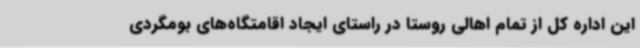
این اداره کل از تمام اهالی روستا در راستای ایجاد اقامتگاه‌های بومگردی